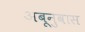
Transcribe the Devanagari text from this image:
अबूनुवास